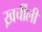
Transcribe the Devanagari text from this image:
ख़र्चीली